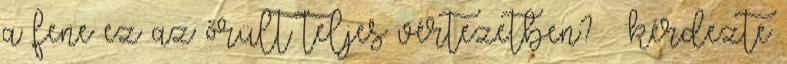
a fene ez az őrült teljes vértezetben? – kérdezte